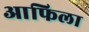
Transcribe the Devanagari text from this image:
आफिला